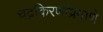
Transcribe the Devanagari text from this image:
चंद्रकिरणांप्रमाणे